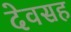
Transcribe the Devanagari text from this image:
देवसह